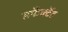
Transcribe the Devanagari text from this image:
सर्फैक्टैंट